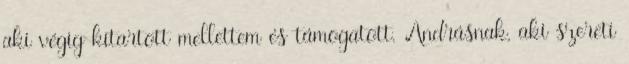
aki végig kitartott mellettem és támogatott. Andrásnak, aki szereti